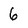
Character: 6